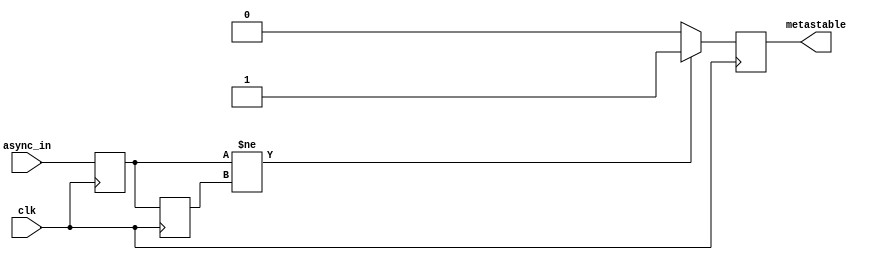
module metastability_detector (
    input wire clk,       // Clock signal
    input wire async_in,  // Asynchronous input signal
    output reg metastable // Metastability output signal
);

    // Internal signals for flip-flops
    reg ff1_out; // Output of the first flip-flop
    reg ff2_out; // Output of the second flip-flop

    // Flip-flops to sample the asynchronous input
    always @(posedge clk) begin
        ff1_out <= async_in; // Sample async_in on rising edge of clk
        ff2_out <= ff1_out;   // Sample ff1_out on rising edge of clk
    end

    // Metastability detection logic
    always @(posedge clk) begin
        // Check for metastability conditions
        if (ff1_out != ff2_out) begin
            metastable <= 1'b1; // Metastability detected
        end else begin
            metastable <= 1'b0; // No metastability
        end
    end

endmodule